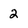
Character: 2